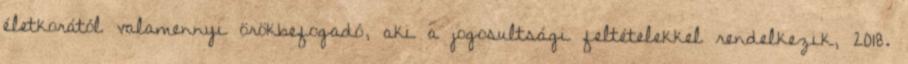
életkorától valamennyi örökbefogadó, aki a jogosultsági feltételekkel rendelkezik, 2018.